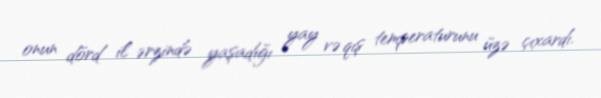
onun dörd il ərzində yaşadığı yay və qış temperaturunu üzə çıxardı.